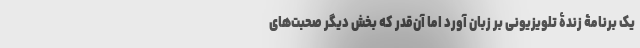
یک برنامۀ زندۀ تلویزیونی بر زبان آورد اما آن‌قدر که بخش دیگر صحبت‌های